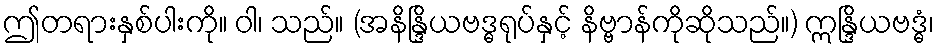
ဤတရားနှစ်ပါးကို။ ဝါ၊ သည်။ (အနိန္ဒြိယဗဒ္ဓရုပ်နှင့် နိဗ္ဗာန်ကိုဆိုသည်။) ဣန္ဒြိယဗဒ္ဓံ၊